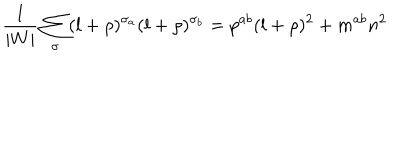
\frac { 1 } { | W | } \sum _ { \sigma } ( l + \rho ) ^ { \sigma _ { a } } ( l + \rho ) ^ { \sigma _ { b } } = p ^ { a b } ( l + \rho ) ^ { 2 } + m ^ { a b } n ^ { 2 }